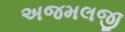
અજમલજી